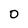
Character: 0